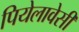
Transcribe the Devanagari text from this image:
पियेलावेसी